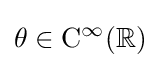
\theta \in \mathrm {C} ^{\infty }(\mathbb {R} )